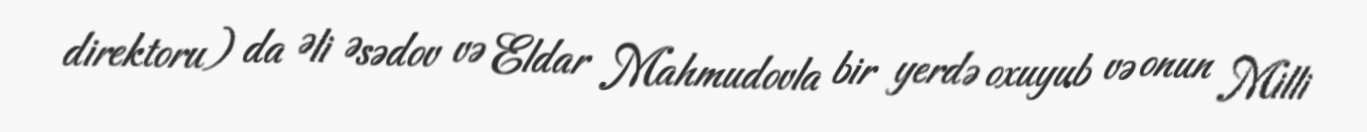
direktoru) da Əli Əsədov və Eldar Mahmudovla bir yerdə oxuyub və onun Milli